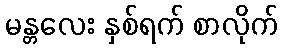
မန္တလေး နှစ်ရက် စာလိုက်